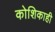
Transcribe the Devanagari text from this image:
कोशिकाही